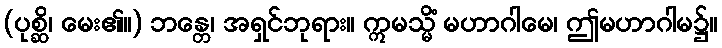
(ပုစ္ဆိ၊ မေး၏။) ဘန္တေ၊ အရှင်ဘုရား။ ဣမသ္မိံ မဟာဂါမေ၊ ဤမဟာဂါမ၌။